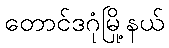
တောင်ဒဂုံမြို့နယ်